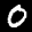
Label: 0